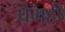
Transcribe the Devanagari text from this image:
प्रेमही